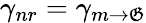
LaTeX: \gamma_{nr}=\gamma_{m\rightarrow\mathfrak{G}}